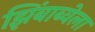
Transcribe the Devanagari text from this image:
झिंबाब्वेला